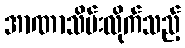
အာဏာသိမ်းလိုက်သည့်